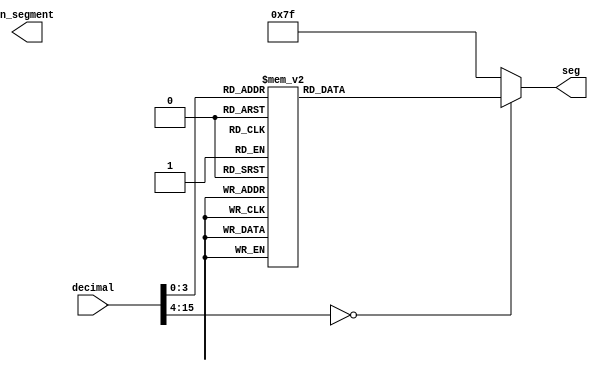
//A program to display a decimal number to a 4 digit seven segment display
module seven_seg_disp_4_digits(input wire [15:0] decimal, output reg [6:0] seg, output reg [3:0] n_segment);

	reg [15:0] bcd = 0;
	
	//Convert the decimal to a bcd
	
	always @(bcd) begin
		//
		case (decimal)
			//Seven segment display is pulled up. This also needs to be negated
			0 : seg = ~7'b1111110;
			1 : seg = ~7'b0000110;
			2 : seg = ~7'b1101101;
			3 : seg = ~7'b1111001;
			4 : seg = ~7'b0110011;
			5 : seg = ~7'b1011011;
			6 : seg = ~7'b1011111;
			7 : seg = ~7'b1110000;
			8 : seg = ~7'b1111111;
			9 : seg = ~7'b1110011;
			10 : seg = ~7'b1110111;
			11 : seg = ~7'b0011111;
			12 : seg = ~7'b1001110;
			13 : seg = ~7'b0111101;
			14 : seg = ~7'b1001111;
			15 : seg = ~7'b1000111;
			
			default : seg = ~7'b0000000;
		endcase
	end
	

endmodule